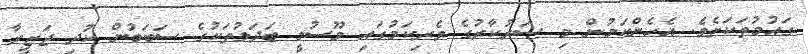
ގައުމުތަކަށެވެ. އެހެންކަމުން މި ސަރުކާރުގެ ވެރިކަމުގައި މޫސުމީ ބަދަލުތަކުގެ ސަބަބުން ކުދި ޖަޒީރާ